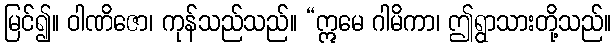
မြင်၍။ ဝါဏိဇော၊ ကုန်သည်သည်။ “ဣမေ ဂါမိကာ၊ ဤရွာသားတို့သည်။